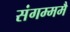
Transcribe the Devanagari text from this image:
संगम्ममै